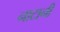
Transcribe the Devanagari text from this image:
नाटानी